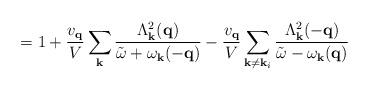
LaTeX: \begin{align*}= 1 + \frac{ v_{ {\bf{q}} } }{V}\sum_{ {\bf{k}} }\frac{ \Lambda^{2}_{ {\bf{k}} }({\bf{q}}) }{ {\tilde{\omega}} + \omega_{ {\bf{k}} }(-{\bf{q}}) }- \frac{ v_{ {\bf{q}} } }{V}\sum_{ {\bf{k}} \neq {\bf{k}}_{i}}\frac{ \Lambda^{2}_{ {\bf{k}} }(-{\bf{q}}) }{ {\tilde{\omega}} - \omega_{ {\bf{k}} }({\bf{q}}) }\end{align*}